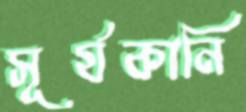
সূর্যকানি